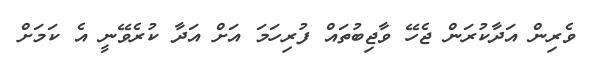
ވެރިން އަދާކުރަން ޖެހޭ ވާޖިބުތައް ފުރިހަމަ އަށް އަދާ ކުރެވޭނީ އެ ކަމަށް